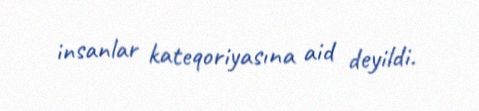
insanlar kateqoriyasına aid deyildi.